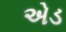
એડ